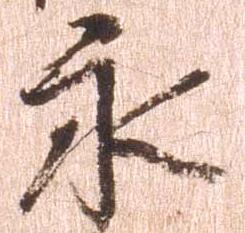
永